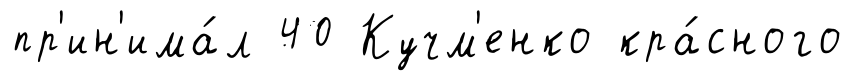
пр'ин'има́л 40 Кучм'енко кра́сного